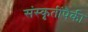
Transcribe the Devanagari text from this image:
संस्कृतींपैकी